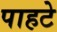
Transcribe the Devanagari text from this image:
पाहटे